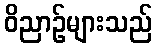
ဝိညာဉ်များသည်